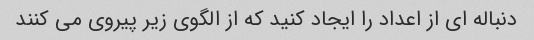
دنباله ای از اعداد را ایجاد کنید که از الگوی زیر پیروی می کنند